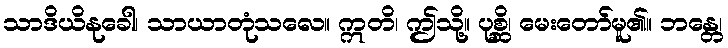
သာဒိယိနုခေါ၊ သာယာတုံသလေ။ ဣတိ၊ ဤသို့။ ပုစ္ဆိ၊ မေးတော်မူ၏။ ဘန္တေ၊